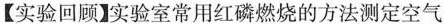
【实验回顾】实验室常用红磷燃烧的方法测定空气